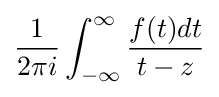
{\frac {1}{2\pi i}}\int _{-\infty }^{\infty }{\frac {f(t)dt}{t-z}}